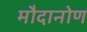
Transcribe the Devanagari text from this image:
मौदानोण